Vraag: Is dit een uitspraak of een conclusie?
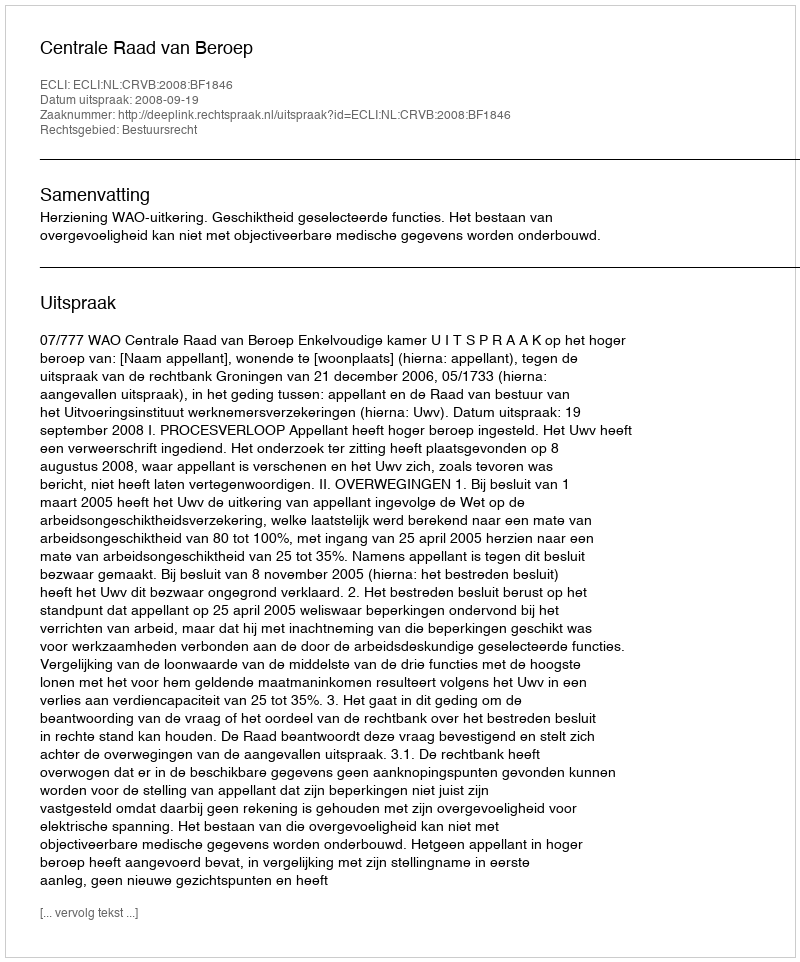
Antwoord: Uitspraak